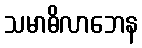
သမာဓိလာဘေန